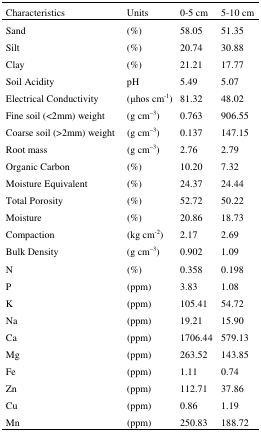
<table><thead><tr><td><b>Characteristics</b></td><td><b>Units</b></td><td><b>0-5 cm</b></td><td><b>5-10 cm</b></td></tr></thead><tbody><tr><td>Sand</td><td>(%)</td><td>58.05</td><td>51.35</td></tr><tr><td>Silt</td><td>(%)</td><td>20.74</td><td>30.88</td></tr><tr><td>Clay</td><td>(%)</td><td>21.21</td><td>17.77</td></tr><tr><td>Soil Acidity</td><td>pH</td><td>5.49</td><td>5.07</td></tr><tr><td>Electrical Conductivity</td><td>(μhos cm<sup>-1</sup>)</td><td>81.32</td><td>48.02</td></tr><tr><td>Fine soil (&lt;2mm) weight</td><td>(g cm<sup>–3</sup>)</td><td>0.763</td><td>906.55</td></tr><tr><td>Coarse soil (&gt;2mm) weight</td><td>(g cm<sup>–3</sup>)</td><td>0.137</td><td>147.15</td></tr><tr><td>Root mass</td><td>(g cm<sup>–3</sup>)</td><td>2.76</td><td>2.79</td></tr><tr><td>Organic Carbon</td><td>(%)</td><td>10.20</td><td>7.32</td></tr><tr><td>Moisture Equivalent</td><td>(%)</td><td>24.37</td><td>24.44</td></tr><tr><td>Total Porosity</td><td>(%)</td><td>52.72</td><td>50.22</td></tr><tr><td>Moisture</td><td>(%)</td><td>20.86</td><td>18.73</td></tr><tr><td>Compaction</td><td>(kg cm<sup>-2</sup>)</td><td>2.17</td><td>2.69</td></tr><tr><td>Bulk Density</td><td>(g cm<sup>–3</sup>)</td><td>0.902</td><td>1.09</td></tr><tr><td>N</td><td>(%)</td><td>0.358</td><td>0.198</td></tr><tr><td>P</td><td>(ppm)</td><td>3.83</td><td>1.08</td></tr><tr><td>K</td><td>(ppm)</td><td>105.41</td><td>54.72</td></tr><tr><td>Na</td><td>(ppm)</td><td>19.21</td><td>15.90</td></tr><tr><td>Ca</td><td>(ppm)</td><td>1706.44</td><td>579.13</td></tr><tr><td>Mg</td><td>(ppm)</td><td>263.52</td><td>143.85</td></tr><tr><td>Fe</td><td>(ppm)</td><td>1.11</td><td>0.74</td></tr><tr><td>Zn</td><td>(ppm)</td><td>112.71</td><td>37.86</td></tr><tr><td>Cu</td><td>(ppm)</td><td>0.86</td><td>1.19</td></tr><tr><td>Mn</td><td>(ppm)</td><td>250.83</td><td>188.72</td></tr></tbody></table>